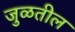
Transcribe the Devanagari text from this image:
जुळतील